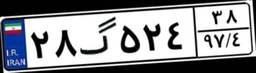
۲۸گ۵۲۴۳۸